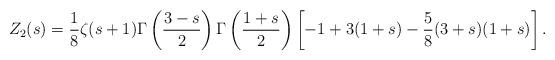
\begin{align*}Z_2(s)=\frac{1}{8}\zeta(s+1)\Gamma\left(\frac{3-s}{2}\right)\Gamma\left(\frac{1+s}{2}\right)\left[-1+3(1+s)-\frac{5}{8}(3+s)(1+s)\right].\end{align*}